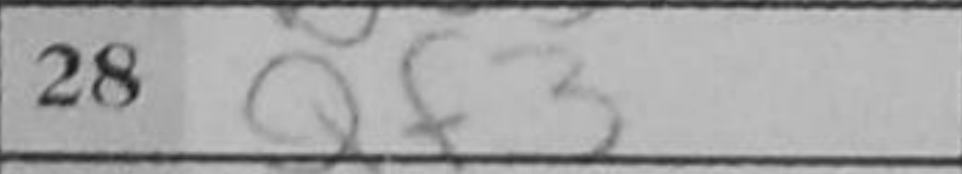
Transcription: Qf3